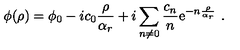
\phi ( \rho ) = \phi _ { 0 } - i c _ { 0 } { \frac { \rho } { \alpha _ { r } } } + i \sum _ { n \neq 0 } \frac { c _ { n } } { n } \mathrm { e } ^ { - n { \frac { \rho } { \alpha _ { r } } } } \ .